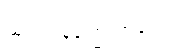
ထုတ်ပြန်ကြေညာချက်